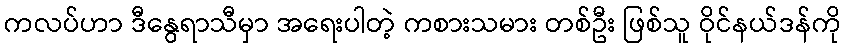
ကလပ်ဟာ ဒီနွေရာသီမှာ အရေးပါတဲ့ ကစားသမား တစ်ဦး ဖြစ်သူ ဝိုင်နယ်ဒန်ကို